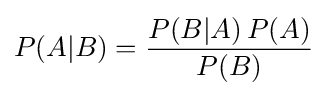
P(A|B)={\frac {P(B|A)\,P(A)}{P(B)}}